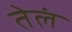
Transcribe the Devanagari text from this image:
तेलं